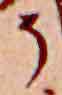
そ